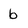
Character: b